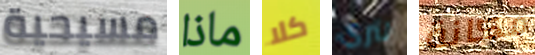
مسيحية ماذا كلا لتري مكانة